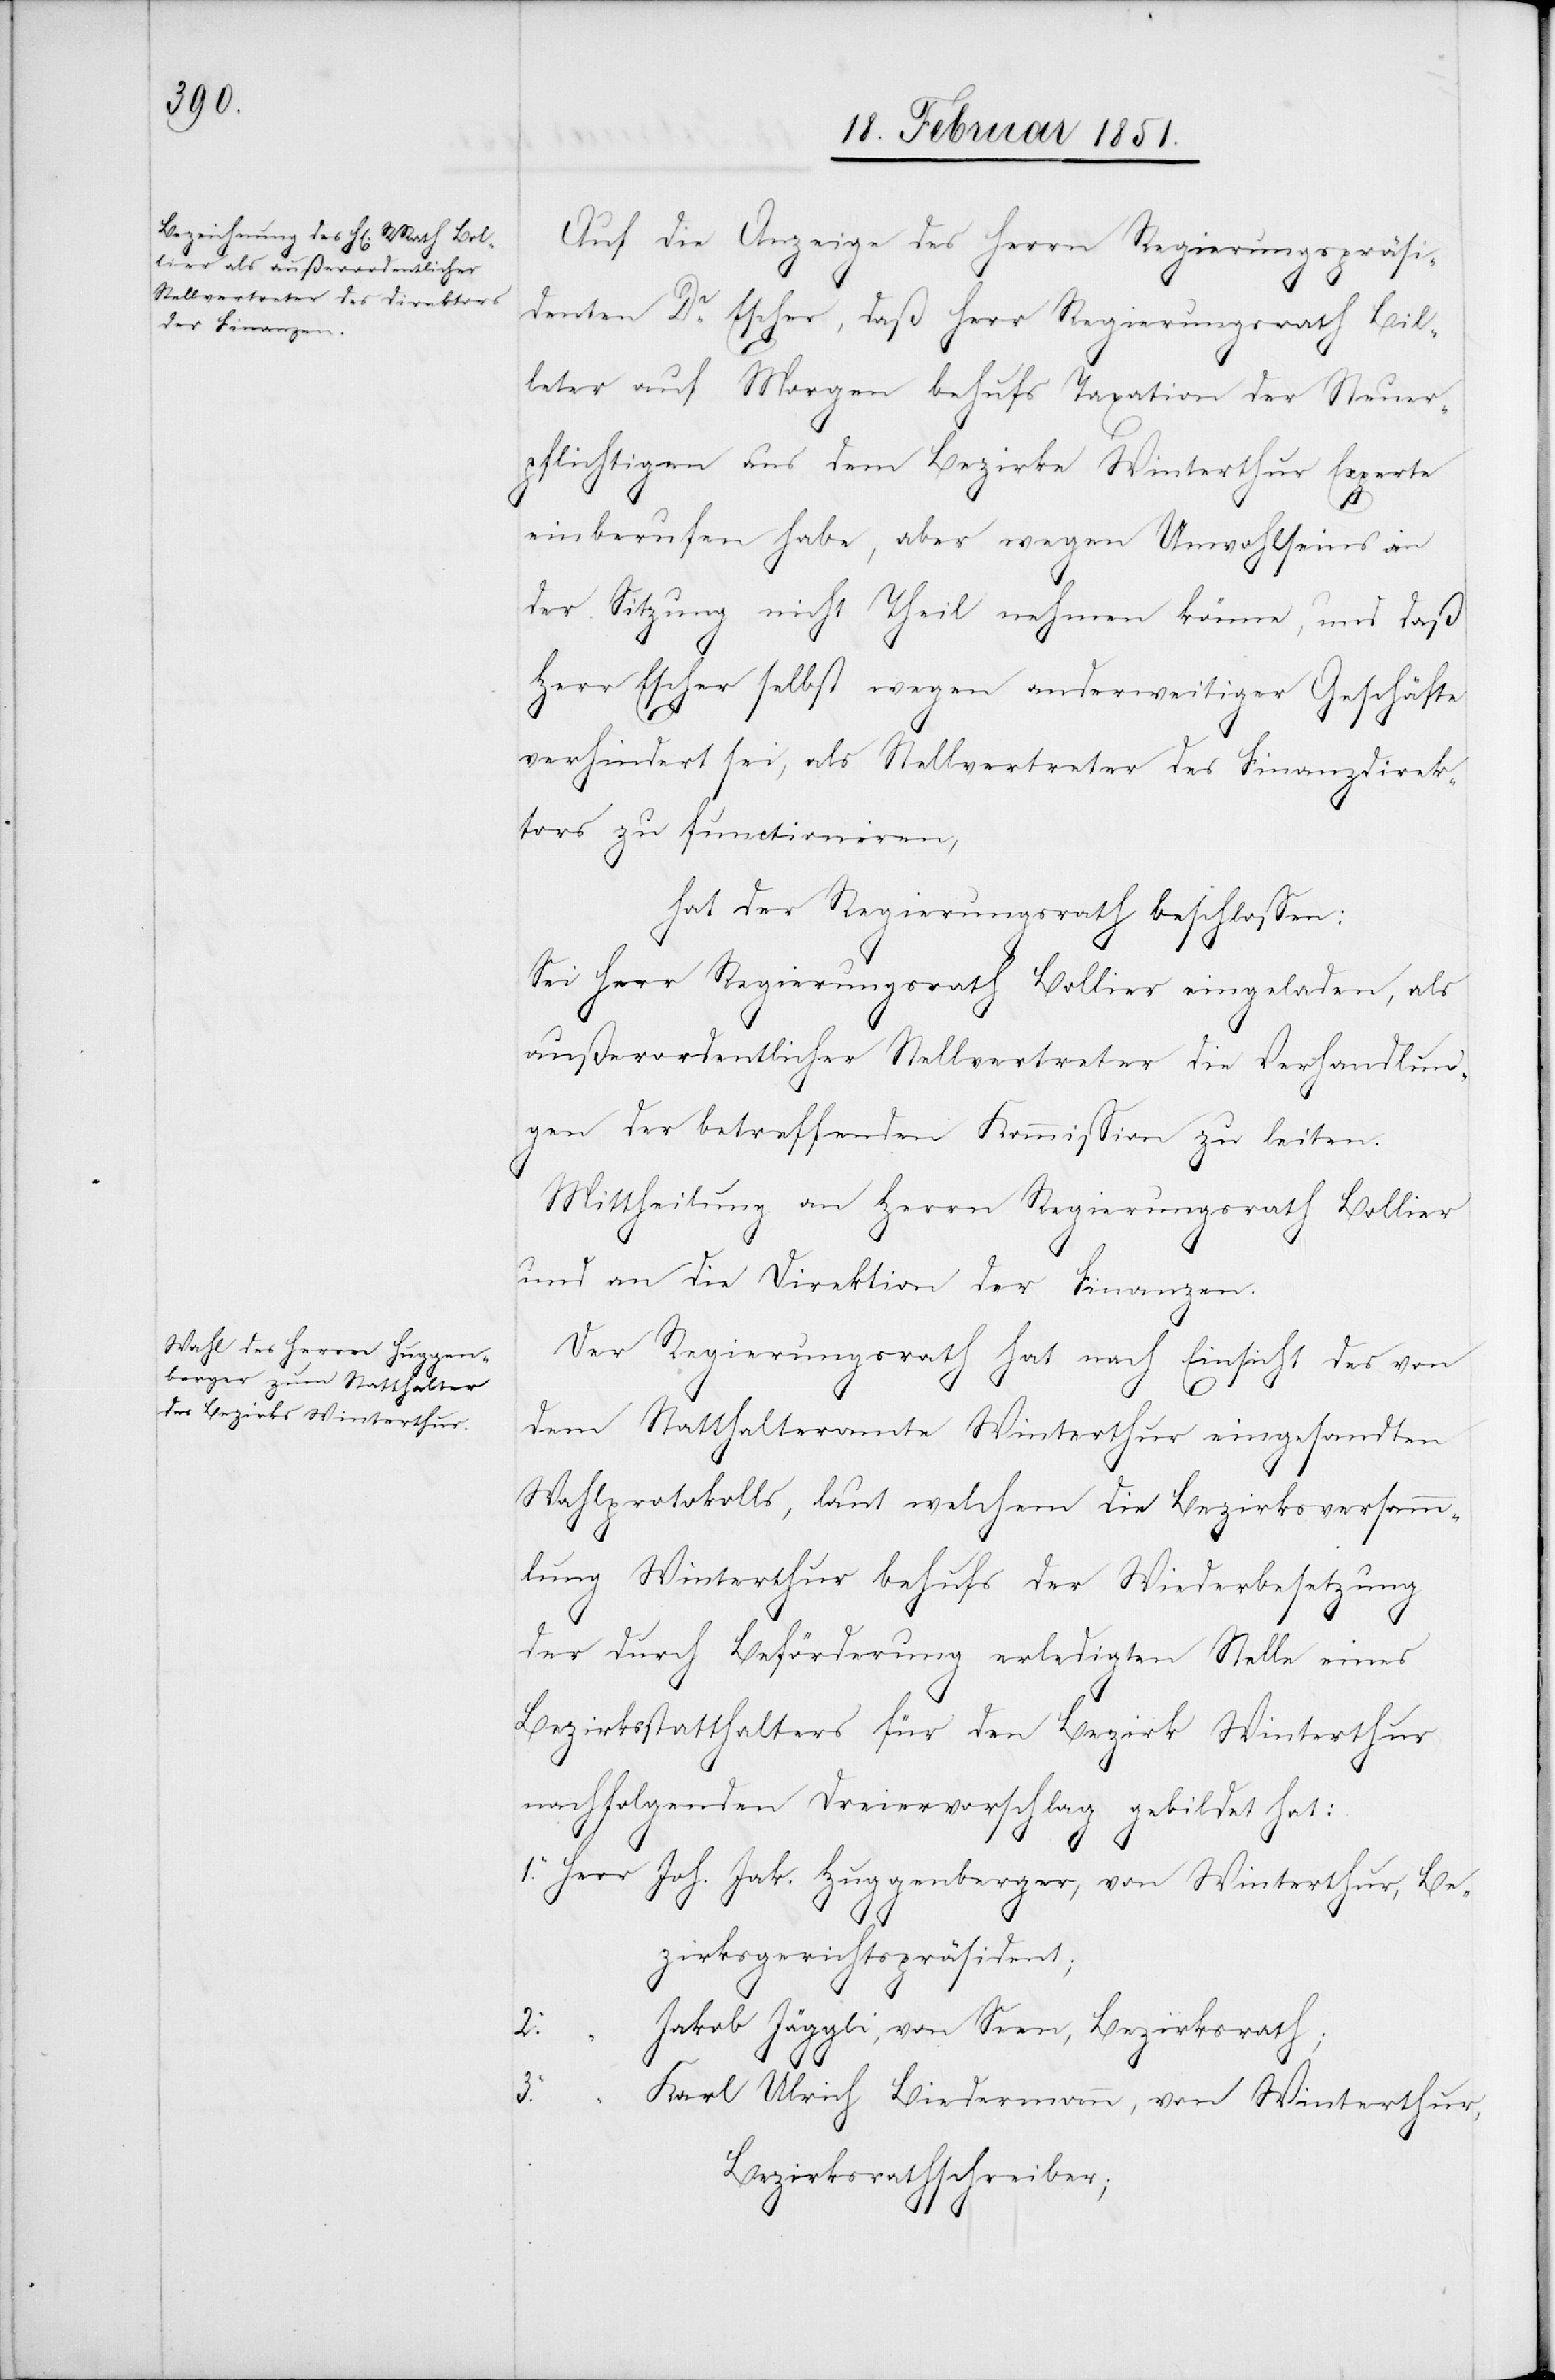
Auf die Anzeige des Herrn Regierungspräsi¬
“
denten Dr. Escher, daß Herr Regierungsrath Bil¬
leter auf Morgen behufs Taxation der Steuer¬
pflichtigen aus dem Bezirke Winterthur Experte
einberufen habe, aber wegen Unwohlseins an
der Sitzung nicht Theil nehmen könne, und daß
Herr Escher selbst wegen anderweitiger Geschäfte
verhindert sei, als Stellvertreter des Finanzdirek¬
tors zu functioniren,
hat der Regierungsrath beschlossen:
Sei Herr Regierungsrath Bollier eingeladen, als
außerordentlicher Stellvertreter die Verhandlun¬
gen der betreffenden Kommission zu leiten.
Mittheilung an Herrn Regierungsrath Bollier
und an die Direktion der Finanzen.
Der Regierungsrath hat nach Einsicht des von
dem Statthalteramte Winterthur eingesandten
Wahlprotokolls, laut welchem die Bezirksversamm¬
lung Winterthur behufs der Wiederbesetzung
der durch Beförderung erledigten Stelle eines
Bezirksstatthalters für den Bezirk Winterthur
nachfolgenden Dreiervorschlag gebildet hat:
1.
Joh. Jak. Huggenberger, von Winterthur, Be¬
zirksgerichtspräsident;
Jakob Jäggli, von Seen, Bezirksrath;
2.
Karl Ulrich Biedermann, von Winterthur,
Bezirksrathschreiber;